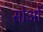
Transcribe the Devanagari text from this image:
सोओं